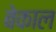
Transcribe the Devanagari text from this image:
बेकाल